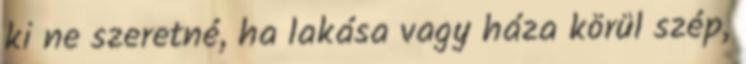
ki ne szeretné, ha lakása vagy háza körül szép,